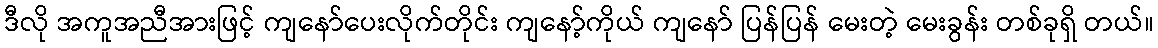
ဒီလို အကူအညီအားဖြင့် ကျနော်ပေးလိုက်တိုင်း ကျနော့်ကိုယ် ကျနော် ပြန်ပြန် မေးတဲ့ မေးခွန်း တစ်ခုရှိ တယ်။